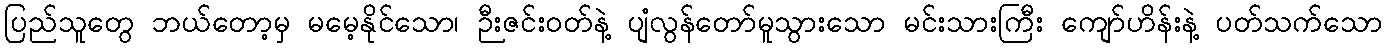
ပြည်သူတွေ ဘယ်တော့မှ မမေ့နိုင်သော၊ ဉီးဇင်းဝတ်နဲ့ ပျံလွန်တော်မူသွားသော မင်းသားကြီး ကျော်ဟိန်းနဲ့ ပတ်သက်သော